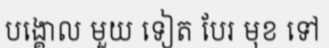
បង្គោល មួយ ទៀត បែរ មុខ ទៅ